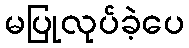
မပြုလုပ်ခဲ့ပေ